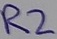
Text: R2